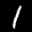
Label: 1